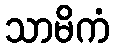
သာမိကံ